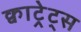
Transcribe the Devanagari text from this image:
क्वाट्रेट्स